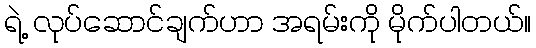
ရဲ့ လုပ်ဆောင်ချက်ဟာ အရမ်းကို မိုက်ပါတယ်။